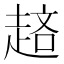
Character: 𧼁